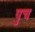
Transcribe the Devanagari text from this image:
पुच